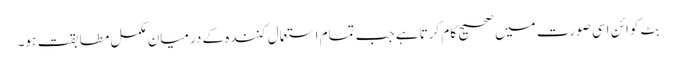
بِٹ کوائن اسی صورت میں صحیح کام کرتا ہے جب تمام استعمال کنندہ کے درمیان مکمل مطابقت ہو۔